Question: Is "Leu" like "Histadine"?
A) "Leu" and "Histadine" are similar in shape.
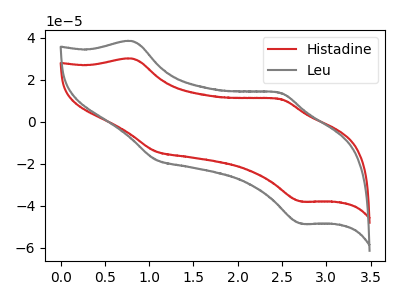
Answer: <think>The red curve "Histadine" has anodic peaks at (0.80V, 29.90uA) (2.50V, 10.75uA) and cathodic peaks at (1.10V, -14.20uA) (2.70V, -38.05uA). The gray curve "Leu" has anodic peaks at (0.80V, 38.20uA) (2.50V, 13.75uA) and cathodic peaks at (1.10V, -18.15uA) (2.70V, -48.55uA).
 All the peaks in "Leu" have a peak in "Histadine" at the same potential. Every peak in "Leu" is higher than every peak in "Histadine".</think>
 <answer>A) "Leu" and "Histadine" are similar in shape.</answer>
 <eval>A</eval>